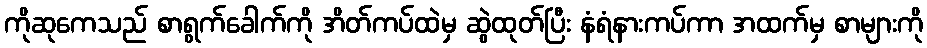
ကိုဆုကေသည် စာရွက်ခေါက်ကို အိတ်ကပ်ထဲမှ ဆွဲထုတ်ပြီး နံရံနားကပ်ကာ အထက်မှ စာများကို